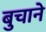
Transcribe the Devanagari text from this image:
बुचाने